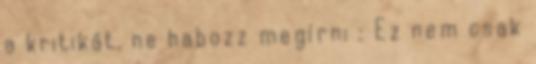
a kritikát, ne habozz megírni : Ez nem csak